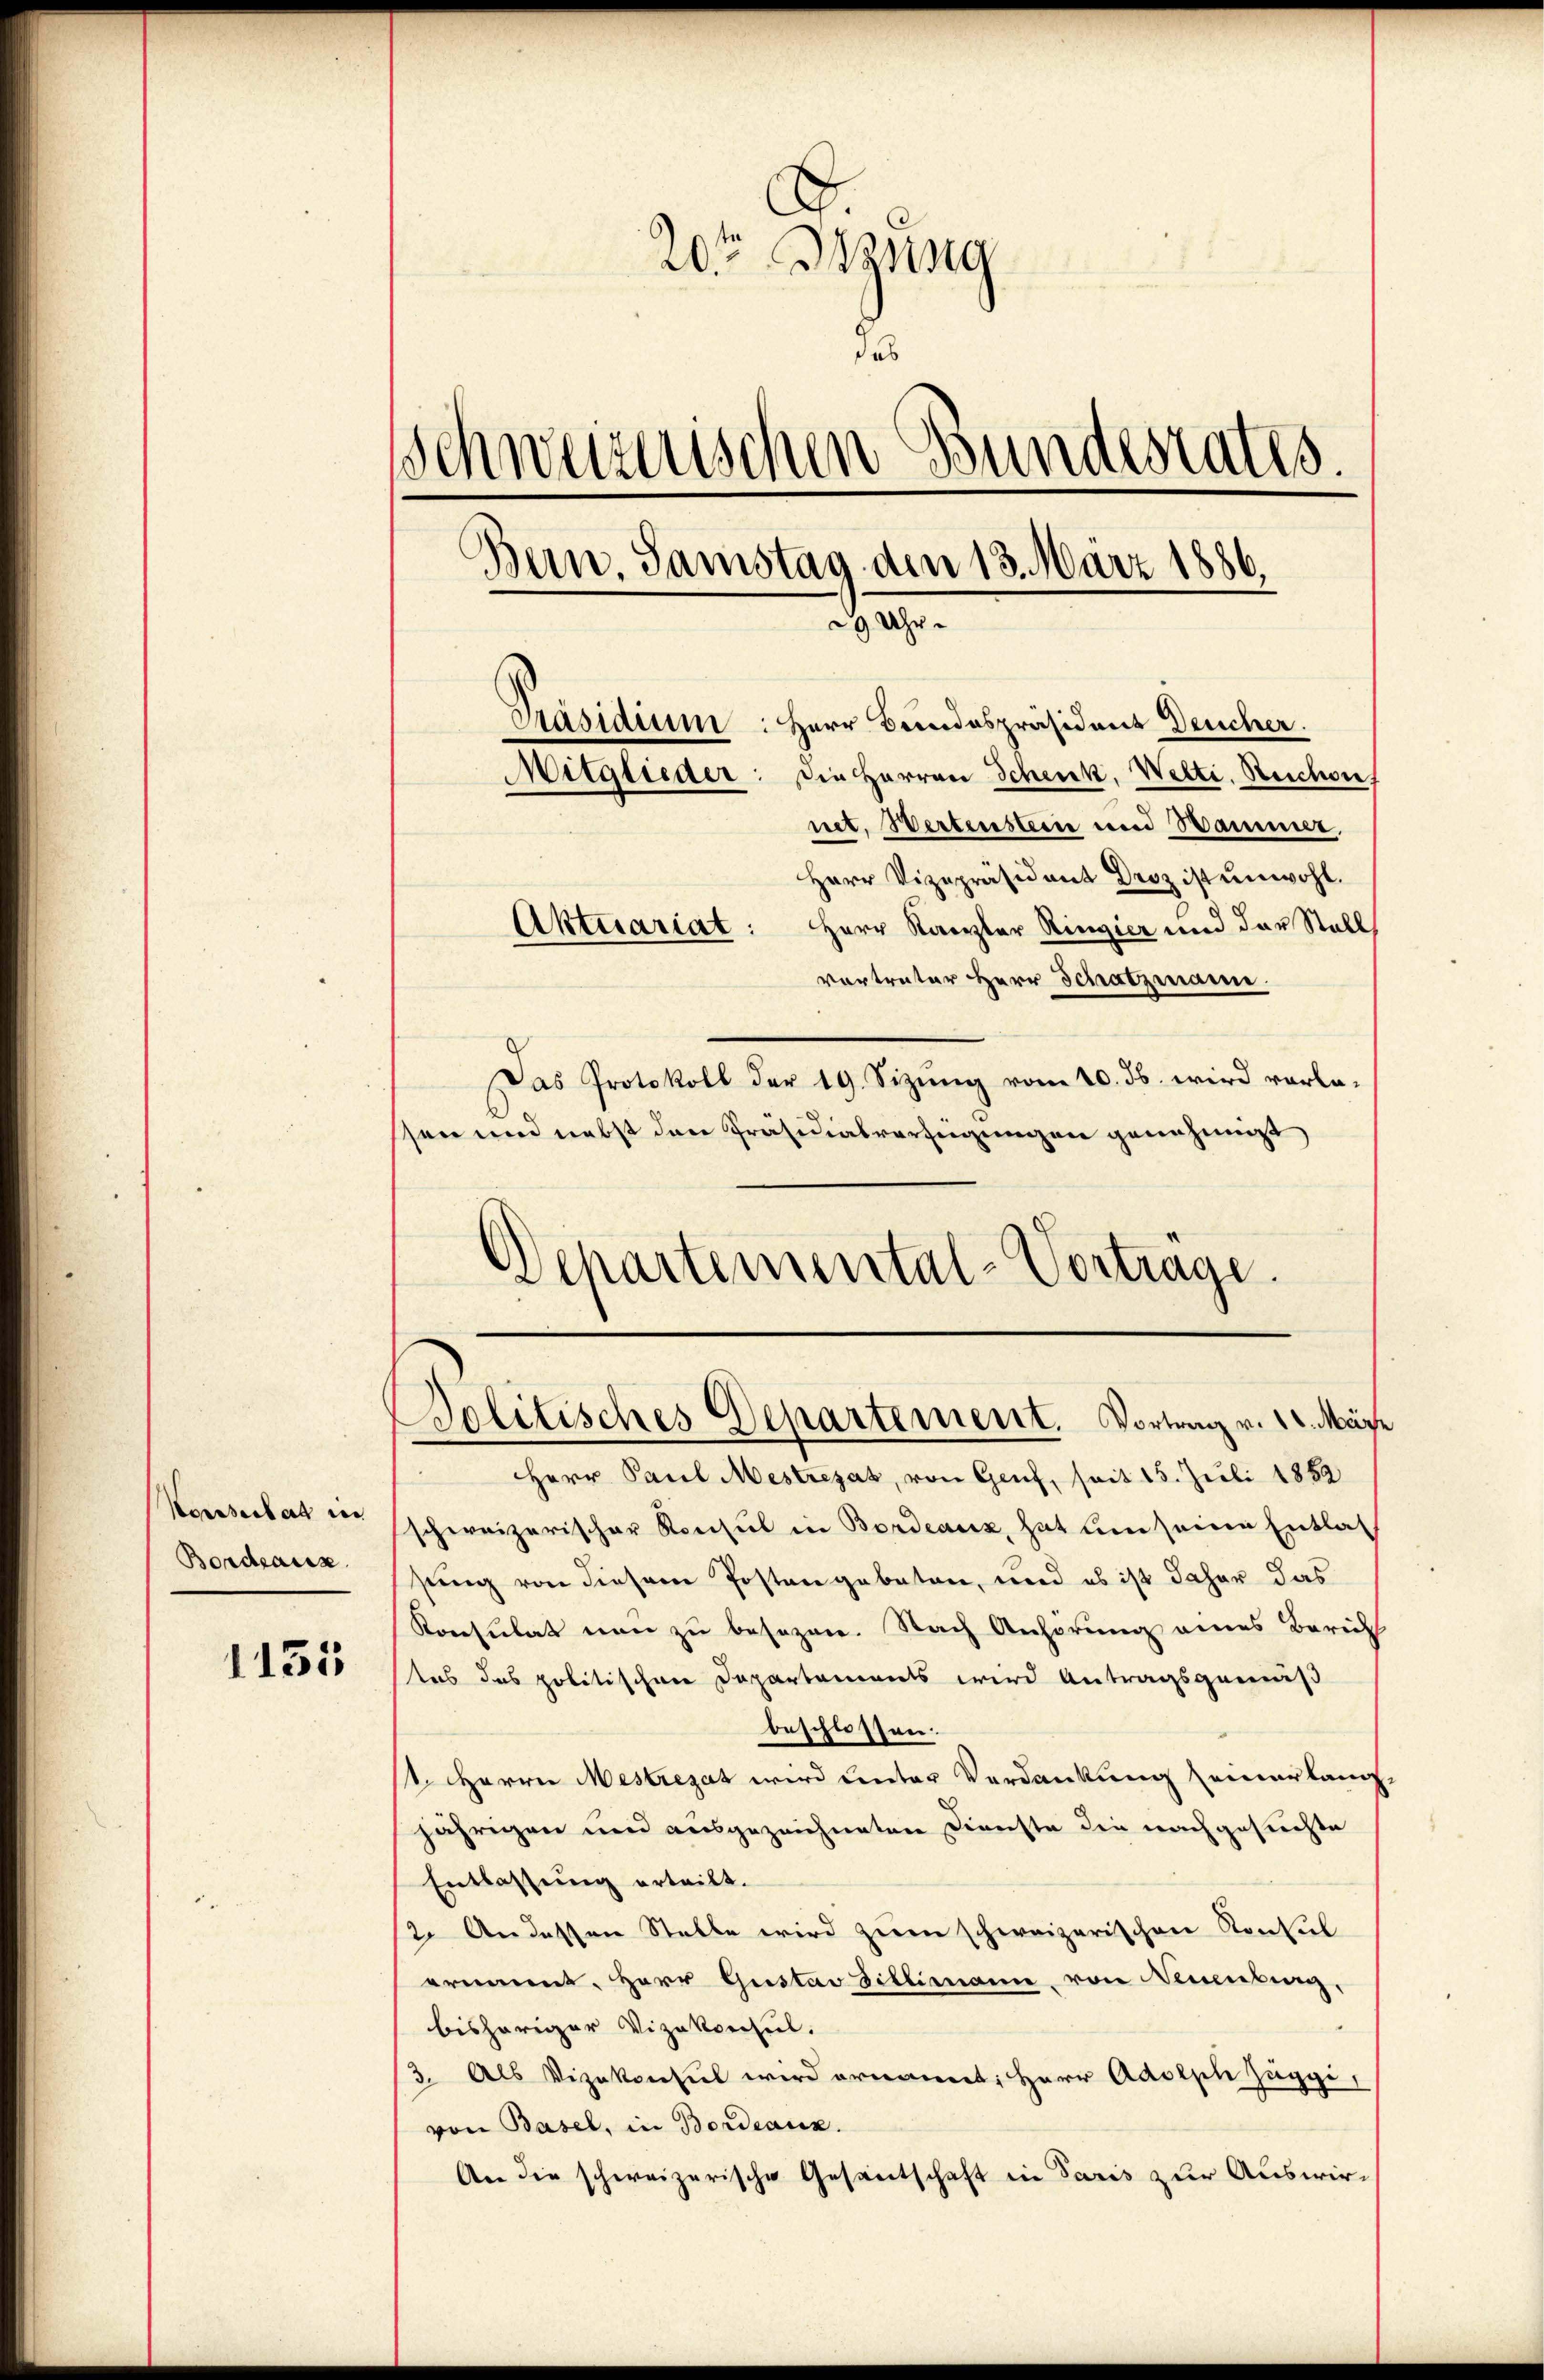
Koessertag in
Bordeaus

1131

20ten Braung
das
Schweizerischen Bundestates.
.
Bern. Samstag den 13. März 1886.
2 Uhr.
Präsidium: Herr Brindespräsident Deucher.
Mitglieder: die Herren Schenk, Welti. Reichvie
net. Werbensteine und Sammet,
Herr Vizepräsident Droz ist unwohl.
Aktuariat: Herr Kanzler Ringier und der Stall

vortreter Herr Schatzmann.
Das Protokoll der 19. Sizŭng vom 10. ds. wird vorlassen und nebst den Präsidialverzeigungen genehmigt
Herr Paul Mestregat, von Genf, seit 15. Juli 1862
schweizerischer Konsul in Bordeaux, hat den seine Entlasung von diesem Posten geboten, und es ist daher das
Konsulat nun zu besezen. Nach Anhörung eines Zürich
tas das politischen Departements wird Antragsgemäß
beschlossen.
1. Herren Mestregat wird unter Verdankung seinerlang
jährigen und ausgezeichneten Dienste die nachgesuchte
Entlassung erteilt.
2. Andessen Stelle wird zŭm schweizerischen Konsul
ernannt, Herr Gustav Schlimann von Neuenburg,
bisheriger Vizekonsul.
3. Als Vizekonsul wird ernannt: Herr Adolph Zuggi,
von Basel, in Bordeaux.
An die schweizerische Gesantschaft in Paris zur Auswir-

Schartemental-Vortrage.

Bolitisches Departement. Vortrag v. 12. Mär